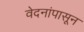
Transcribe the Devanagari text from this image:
वेदनांपासून